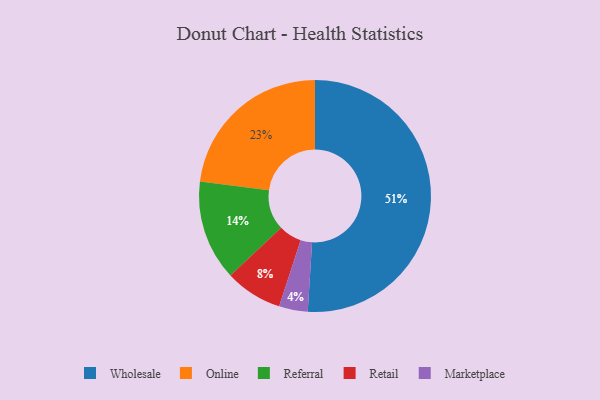
{"axis": {"x": "Category", "y": "Percentage"}, "legend": ["Marketplace", "Online", "Referral", "Retail", "Wholesale"], "data": [{"x": "Retail", "y": 8, "type": "Retail"}, {"x": "Wholesale", "y": 51, "type": "Wholesale"}, {"x": "Online", "y": 23, "type": "Online"}, {"x": "Referral", "y": 14, "type": "Referral"}, {"x": "Marketplace", "y": 4, "type": "Marketplace"}]}